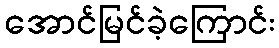
အောင်မြင်ခဲ့ကြောင်း